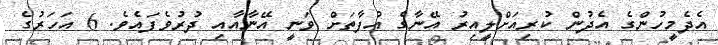
އެދެމީހުންގެ އެދުން ކުރިއަށްލީއިރު އޭނާގެ އުފާތަށް ވަނީ އޭނާއާއި ދުރުވެފައެވެ. 6 އަހަރުގެ